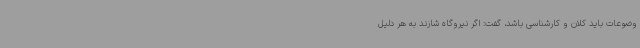
وضوعات باید کلان و کارشناسی باشد، گفت: اگر نیروگاه شازند به هر دلیل